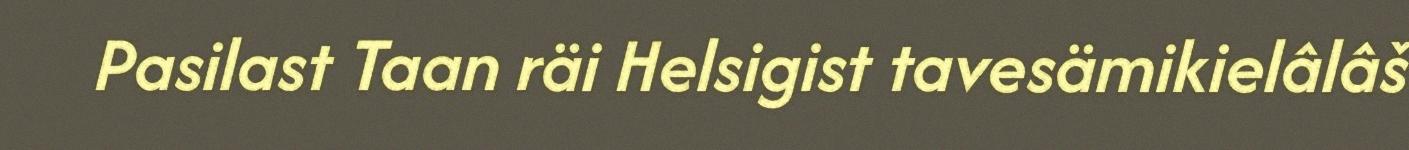
Pasilast Taan räi Helsigist tavesämikielâlâš